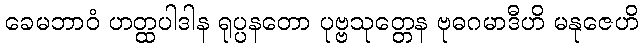
ခေမဘာဝံ ဟတ္ထပါဒါန ရုပ္ပနတော ပုဗ္ဗသုတ္တေန ဗုဓဂမာဒီဟိ မနုဇေဟိ